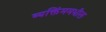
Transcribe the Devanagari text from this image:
व्यक्तिंममधील